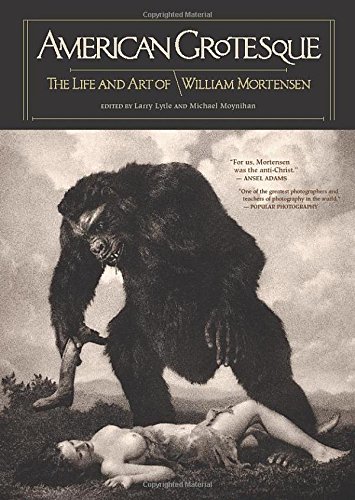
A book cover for American Grotesque: The Life and Art of William Mortensen; Arts & Photography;